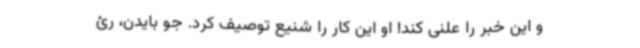
و این خبر را علنی کند! او این کار را شنیع توصیف کرد. جو بایدن، رئ